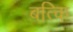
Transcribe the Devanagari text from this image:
बत्कि